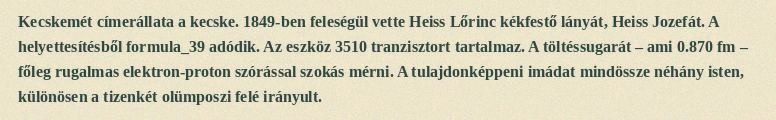
Kecskemét címerállata a kecske. 1849-ben feleségül vette Heiss Lőrinc kékfestő lányát, Heiss Jozefát. A helyettesítésből formula_39 adódik. Az eszköz 3510 tranzisztort tartalmaz. A töltéssugarát – ami 0.870 fm – főleg rugalmas elektron-proton szórással szokás mérni. A tulajdonképpeni imádat mindössze néhány isten, különösen a tizenkét olümposzi felé irányult.